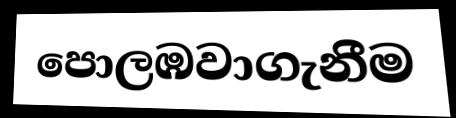
පොලඹවාගැනීම